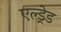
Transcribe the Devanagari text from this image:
एल्ड्रेड